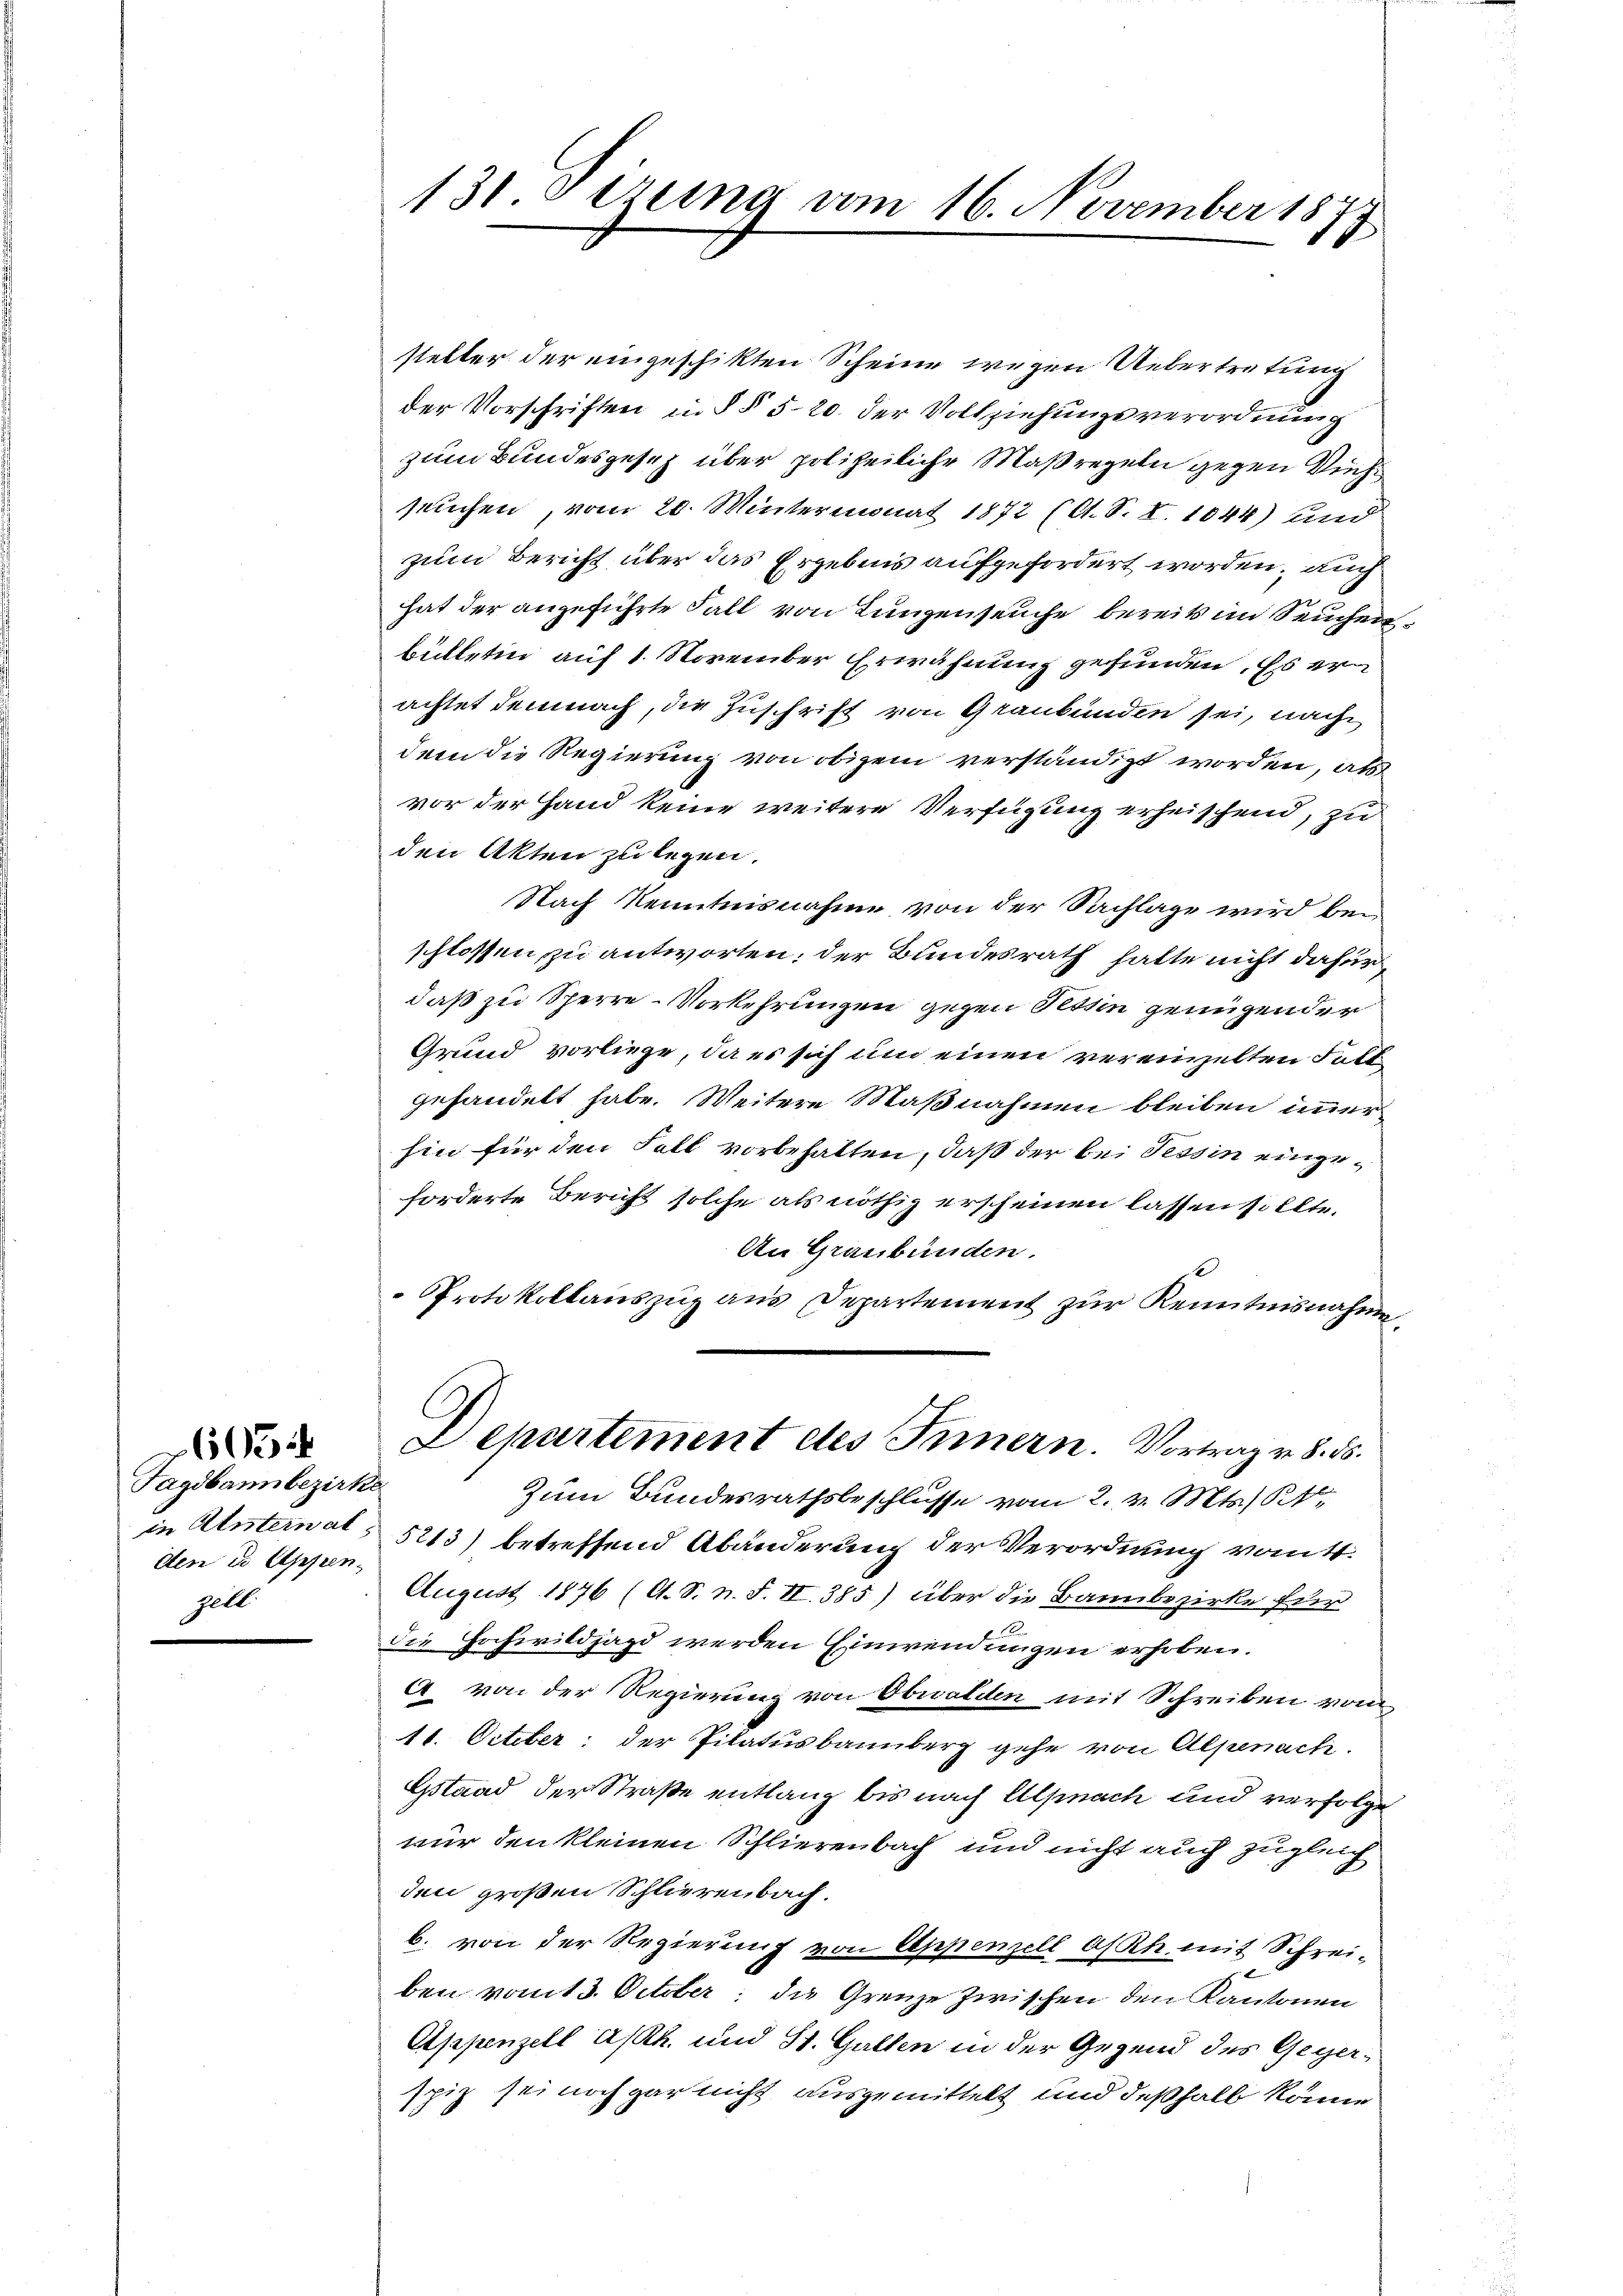
Tagdbannbezirk
in Untern al
den u Appen-
gell

96934

131. Streng vom 16. November 1877

steller der eingeschikten Scheine wegen Uebertretung
der Vorschriften in § § 520. der Vollziehungsverordnung
zum Bundesgesetz über polizeiliche Maßregeln gegen Viehsuchen, vom 20. Mintermonat 1872 (A. S. I. 1044) und
zum Bericht über das Ergebnis aufgefordert worden, auch
hat der anzuführte Fall von Lungenseuche bereits im Seuchen
bülletin auf 1. November Erwähnung gefunden. Es er
achtet demnach, die Zuschrift von Graubünden sei, nach
dem die Regierung von obigem verständigt worden, als
vor der Hand keine weitere Verfügung erheischend, zu
den Akten zu legen.
Nach Kenntnisnahme von der Sachlage wird bei
schlossen, zu antworten; der Bundesrath hatte nicht dafür,
daß zu Sperre-Vorkehrungen gegen Tessin genügender
Grund vorliege, da es sich um einen vereinzelten Fall
gehandelt habe. Weitere Maßnahmen bleiben immer
hin für den Fall vorbehalten, daß der bei Tessin eingeforderte Bericht solche als nöthig erscheinen lassen sollte.
An Graubünden.
f
Protokollauszug aus Departement zur Kenntnisnahme
Departement des Innern. Vortrag v. 8. ds.
Zum Bundesrathsbeschlusse vom 2. v. Mts. St.
5213) betreffend Abänderung der Verordnung vontt
August 1876 (A. S. n. F. II. 385) über die Bannbezirke für
die Hochwildjagd werden Einwendungen erhoben.
4 von der Regierung von Obwalden mit Schreiben vom
11. October der Pilatusbannberg gehe von Alpenach.
Gstand der Straße entlang bis nach Alpnach und verfolge
nur den kleinen Schlierenbach und nicht auch zugleich
den großen Schlierenbach.
b. von der Regierung von Appenzell Asch mit Schrei-
ben vom 13. October: die Grenze Zwischen den Kantonen
Appenzell Asth. und St. Galten in der Gegend des Gegerspiz sei noch gar nicht ausgemittelt und deßhalb könne